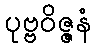
ပုဗ္ဗဝိဇ္ဇနံ